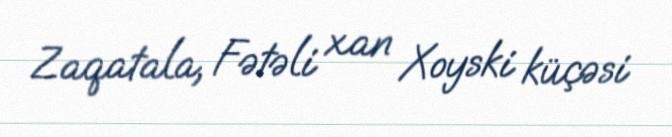
Zaqatala, Fətəli xan Xoyski küçəsi